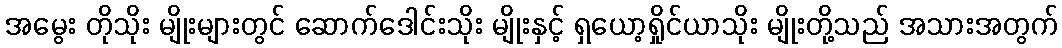
အမွေး တိုသိုး မျိုးများတွင် ဆောက်ဒေါင်းသိုး မျိုးနှင့် ရှယော့ရှိုင်ယာသိုး မျိုးတို့သည် အသားအတွက်